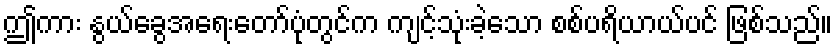
ဤကား နွယ်ခွေအရေးတော်ပုံတွင်က ကျင့်သုံးခဲ့သော စစ်ပရိယာယ်ပင် ဖြစ်သည်။